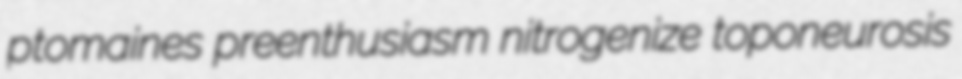
ptomaines preenthusiasm nitrogenize toponeurosis